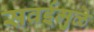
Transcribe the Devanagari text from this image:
सवईमुळे